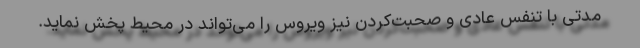
مدتی با تنفس عادی و صحبت‌کردن نیز ویروس را می‌تواند در محیط پخش نماید.